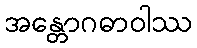
အန္တောဂဓာဝါဿ